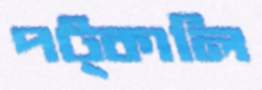
পট্‌কালি